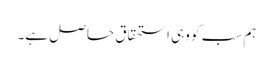
ہم سب کو وہی استحقاق حاصل ہے۔